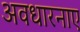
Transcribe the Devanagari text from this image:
अवधारनाए